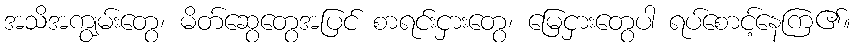
အသိအကျွမ်းတွေ၊ မိတ်ဆွေတွေအပြင် စာရင်းငှားတွေ၊ မြေငှားတွေပါ ရပ်စောင့်နေကြ၏။